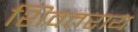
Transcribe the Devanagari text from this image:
शिवतराय